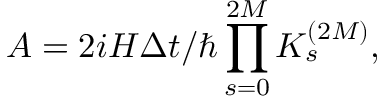
A = 2 i H \Delta t / \hbar \prod _ { s = 0 } ^ { 2 M } K _ { s } ^ { ( 2 M ) } ,